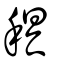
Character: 𥟭